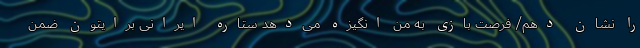
را نشان دهم/ فرصت بازی به من انگیزه می‌دهد ستاره ایرانی برایتون ضمن